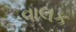
વાલક